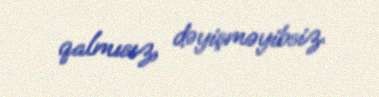
qalmısız, dəyişməyibsiz.